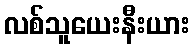
လစ်သူယေးနီးယား